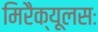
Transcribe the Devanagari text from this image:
मिरैक्यूलसः